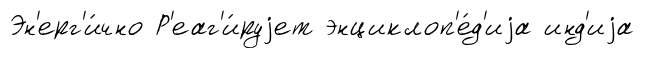
Эн'ерг'и́чно Р'еаг'и́руjет энциклоп'е́д'иjа инд'иjа